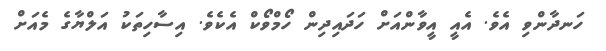
ހަނދާންވި އެވެ. އެއީ އީވާންއަށް ހަދައިދިން ހޯމްވޯކް އެކެވެ. އިސާހިތަކު އަލްޔާގެ މެއަށް